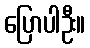
ပြောပါဦး။